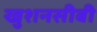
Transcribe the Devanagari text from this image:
खुशनसीबी